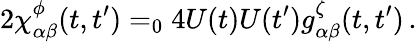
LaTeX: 2\chi_{\alpha\beta}^{\phi}(t,t^{\prime})=_{0}4U(t)U(t^{\prime})g_{\alpha\beta}^{\zeta}(t,t^{\prime})\, .